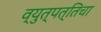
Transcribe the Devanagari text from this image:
व्युत्पत्तिचा